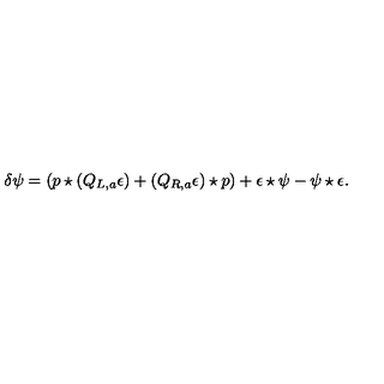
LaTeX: \delta \psi = ( p \star ( Q _ { L , a } \epsilon ) + ( Q _ { R , a } \epsilon ) \star p ) + \epsilon \star \psi - \psi \star \epsilon .